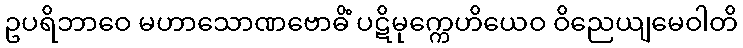
ဥပရိဘာဝေ မဟာသောဏဗောဓိံ ပဋိမုက္ကေဟိယေဝ ဝိညေယျမေဝါတိ